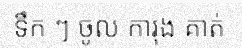
ទឹក ៗ ចូល ការុង គាត់